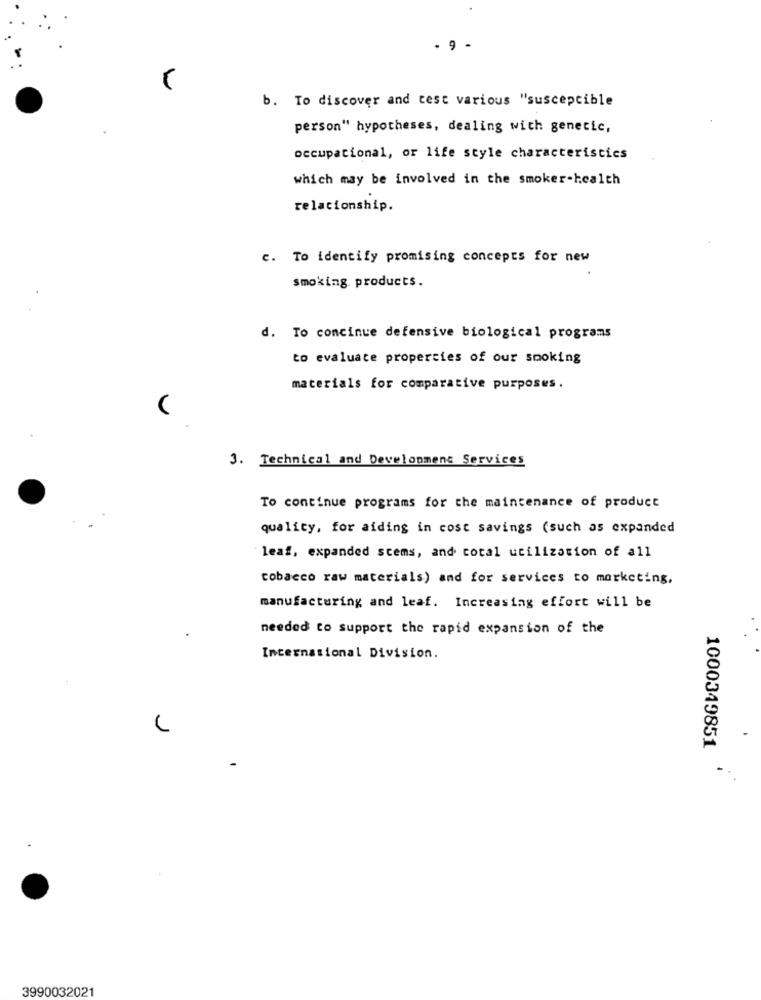
- 9 -
b. To discover and cest various "susceptible
person" hypotheses, dealing with genetic,
occupational, or life style characteristics
which may be involved in the smoker-health
relationship.
c. To identify promising concepts for new
smoking products.
d. To concinue defensive biological programs
to evaluate properties of our smoking
materials for comparative purposes.
3. Technical and Development Services
To continue programs for the maintenance of product
quality, for aiding in cost savings (such as expanded
leaf, expanded stems, and cotal utilization of all
tobacco raw materials) and for services to marketing,
manufacturing and leaf. Increasing effort will be
needed to support the rapid expansion of the
International Division.
1000349851
3990032021